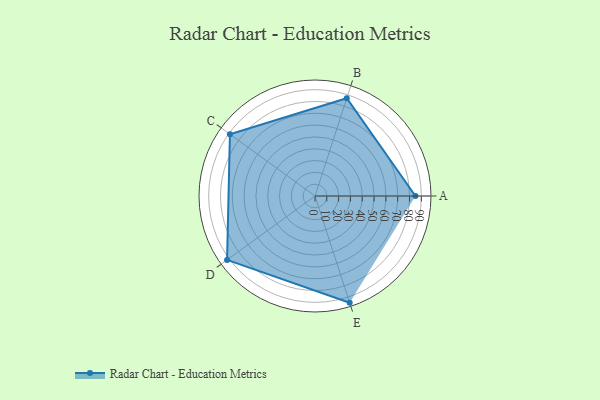
{"axis": {"x": "Skill", "y": "Score"}, "legend": ["Profile"], "data": [{"x": "A", "y": 85.0, "type": "Profile"}, {"x": "B", "y": 87.0, "type": "Profile"}, {"x": "C", "y": 89.0, "type": "Profile"}, {"x": "D", "y": 92.0, "type": "Profile"}, {"x": "E", "y": 95.0, "type": "Profile"}]}